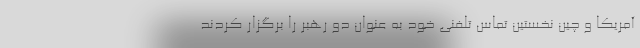
آمریکا و چین نخستین تماس تلفنی خود به عنوان دو رهبر را برگزار کردند